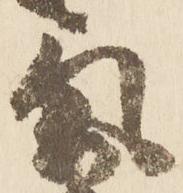
氣